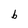
Character: b